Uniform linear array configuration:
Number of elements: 4
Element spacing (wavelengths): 1
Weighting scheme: hann
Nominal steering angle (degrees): -15
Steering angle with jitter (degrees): -15.758
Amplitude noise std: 0.05
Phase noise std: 0.05

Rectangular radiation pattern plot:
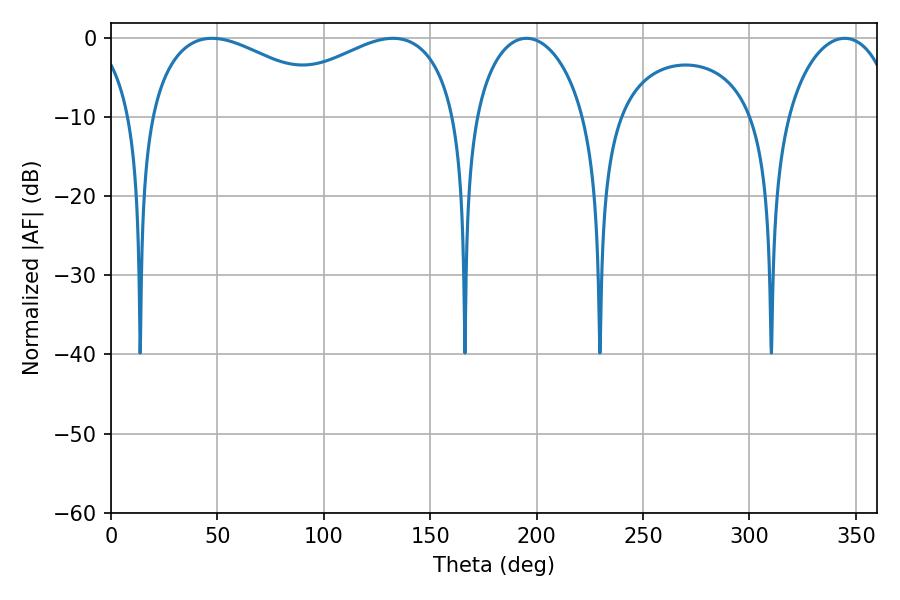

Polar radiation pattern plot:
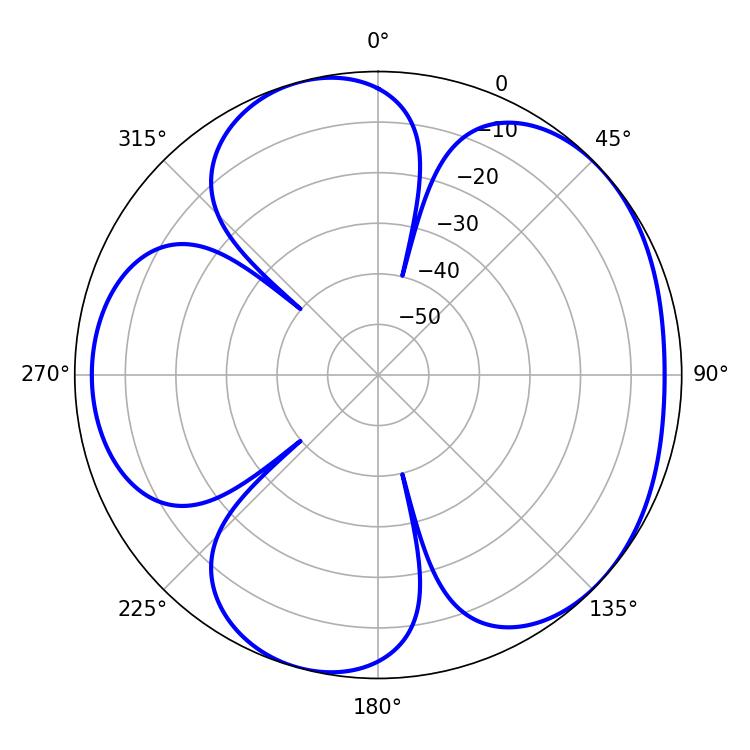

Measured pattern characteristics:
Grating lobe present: TRUE
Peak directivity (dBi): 4.782
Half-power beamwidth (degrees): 51.48
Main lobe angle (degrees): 47.52